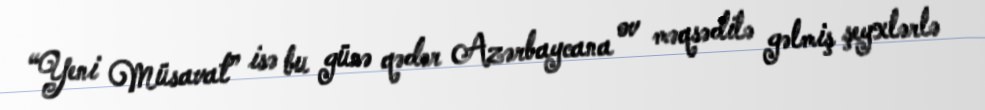
“Yeni Müsavat” isə bu günə qədər Azərbaycana ov məqsədilə gəlmiş şeyxlərlə